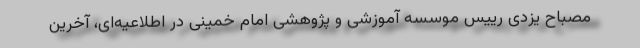
مصباح یزدی رییس موسسه آموزشی و پژوهشی امام خمینی در اطلاعیه‌ای، آخرین